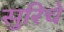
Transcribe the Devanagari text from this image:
सुरिचे